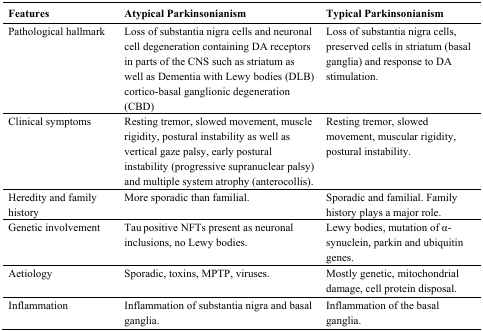
| Features | Atypical Parkinsonianism | Typical Parkinsonianism |
 | --- | --- | --- |
 | Pathological hallmark | Loss of substantia nigra cells and neuronal cell degeneration containing DA receptors in parts of the CNS such as striatum as well as Dementia with Lewy bodies (DLB) cortico-basal ganglionic degeneration (CBD) | Loss of substantia nigra cells, preserved cells in striatum (basal ganglia) and response to DA stimulation. |
 | Clinical symptoms | Resting tremor, slowed movement, muscle rigidity, postural instability as well as vertical gaze palsy, early postural instability (progressive supranuclear palsy) and multiple system atrophy (anterocollis). | Resting tremor, slowed movement, muscular rigidity, postural instability. |
 | Heredity and familyhistory | More sporadic than familial. | Sporadic and familial. Family history plays a major role. |
 | Genetic involvement | Tau positive NFTs present as neuronal inclusions, no Lewy bodies. | Lewy bodies, mutation of α-synuclein, parkin and ubiquitin genes. |
 | Aetiology | Sporadic, toxins, MPTP, viruses. | Mostly genetic, mitochondrial damage, cell protein disposal. |
 | Inflammation | Inflammation of substantia nigra and basal ganglia. | Inflammation of the basal ganglia. |